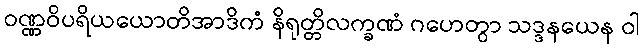
ဝဏ္ဏဝိပရိယယောတိအာဒိကံ နိရုတ္တိလက္ခဏံ ဂဟေတွာ သဒ္ဒနယေန ဝါ